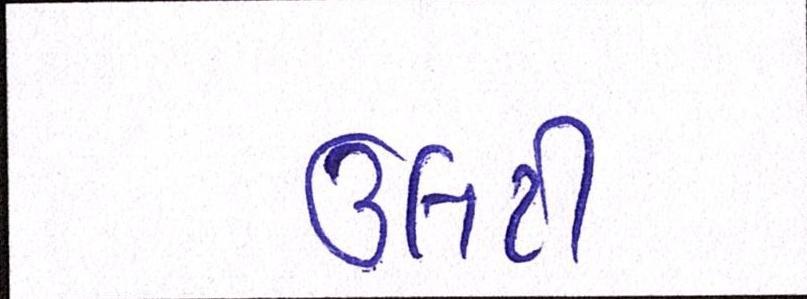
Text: ઉલટી